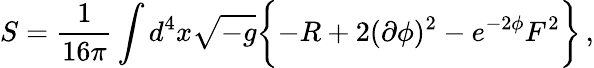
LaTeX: S=\frac{1}{16\pi}\int d^{4}x\sqrt{-g}\biggl\{ -R+2(\partial\phi)^{2}-e^{-2\phi}F^{2}\biggr\} \, ,